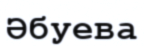
Әбуева